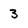
Character: 3